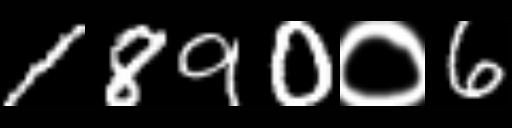
Text: 1890०6